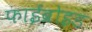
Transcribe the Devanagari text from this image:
फाईब्रोइड